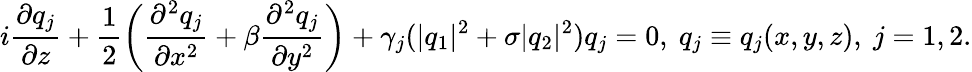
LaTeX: i\frac{\partial q_{j}}{\partial z}+\frac{1}{2}\bigg(\frac{\partial^{2}q_{j}}{\partial x^{2}}+\beta\frac{\partial^{2}q_{j}}{\partial y^{2}}\bigg)+\gamma_{j}(\lvert q_{1}\rvert^{2}+\sigma\lvert q_{2}\rvert^{2})q_{j}=0,~q_{j}\equiv q_{j}(x,y,z),~j=1,2.